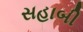
સહાબી